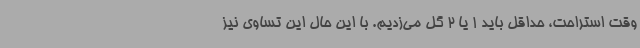
وقت استراحت، حداقل باید 1 یا 2 گل می‌زدیم. با این حال این تساوی نیز